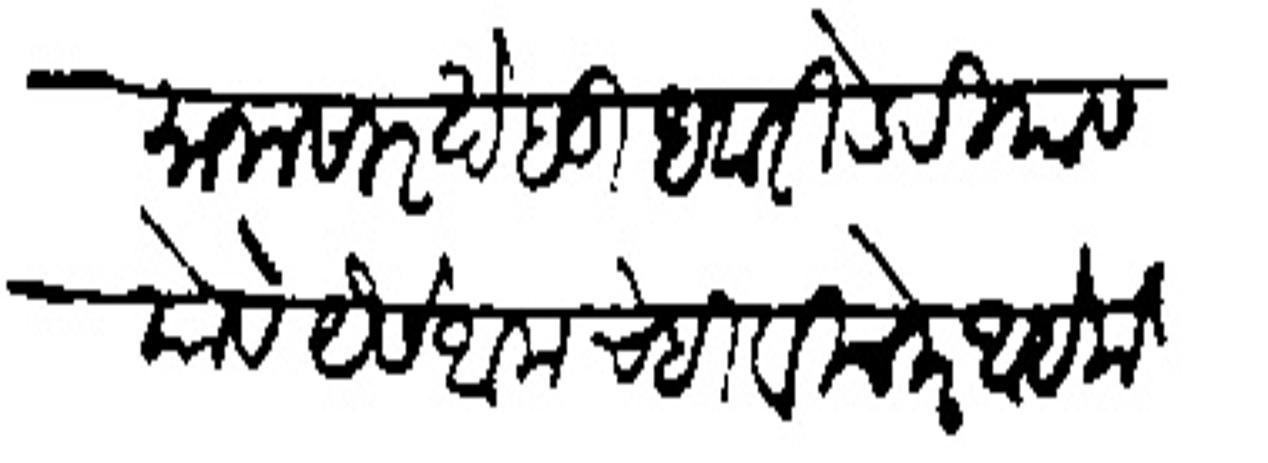
Transliteration (Devanagari): वर्तमाना सारखे बुधवारी डेरियास योबे यैसे आमचेही विचारे आहे मं